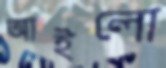
আইলো